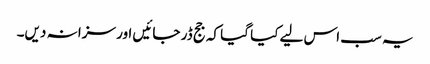
یہ سب اس لیے کیا گیا کہ جج ڈر جائیں اور سزا نہ دیں۔